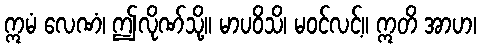
ဣမံ လေဏံ၊ ဤလိုဏ်သို့။ မာပဝိသိ၊ မဝင်လင့်။ ဣတိ အာဟ၊